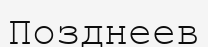
Позднеев